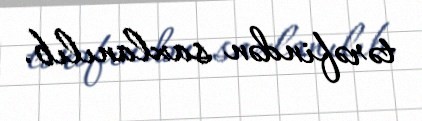
tərəfindən saxlanılıb.